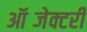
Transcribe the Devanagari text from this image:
ऑब्जेक्टरी